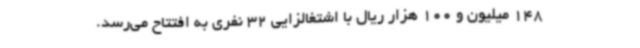
148 میلیون و 100 هزار ریال با اشتغالزایی 32 نفری به افتتاح می‌رسد.